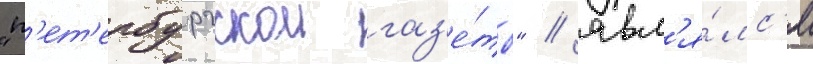
"п'ет'ербургскои газ'е́ты" / явл'я́лс'я